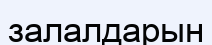
залалдарын